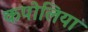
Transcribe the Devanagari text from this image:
कपोलिया